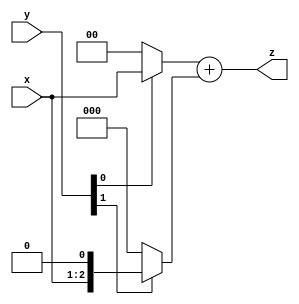
//Ramos Scalabrin Victoria Hermila
//Esparza Soto Jesus Eduardo
//multiplicador de 2 bit

//Modulo///////////////////////////////////
module mul2b (x,y,z);
	//Puertos
	//sentido  tipo   tamao   nombre 
	input 			   [1:0]     x,y;
	output			   [3:0]			z;
	//Alambres
	//tipo       tamao  nombre
	//wire			 [3:0] 			sx,cx;
	wire            [3:0]         r0,r1;
	
	//Registros

//Asignaciones//////////////////////////////////////
	//seales
	//assign seal=valor/operacion
//	assign z[0]=sx[0];
//	assign z[2:1]=sx[3:2];
//	assign z[3]=cx[3];
//	
	//Componente
	//nombre   etiqueta (puertos)
//	mul1b     u0       (.si(0)    ,.x(x[0]),.y(y[0]),.ci(0)    ,.so(sx[0]),.co(cx[0]));
//	mul1b     u1       (.si(0)    ,.x(x[1]),.y(y[0]),.ci(cx[0]),.so(sx[1]),.co(cx[1]));
//	mul1b     u2       (.si(sx[1]),.x(x[0]),.y(y[1]),.ci(0)    ,.so(sx[2]),.co(cx[2]));
//	mul1b     u3       (.si(cx[1]),.x(x[1]),.y(y[1]),.ci(cx[2]),.so(sx[3]),.co(cx[3]));
//	

	//Comportamental concurrente ternaria
	
	//assign seal=condicion? cierto:falso
	assign r0=y[0]? {2'b00,x}:0;
	assign r1=y[1]? {1'b0,x,1'b0}:0;
	assign z=r0+r1;
	
	//Secuenciales
	
	
endmodule